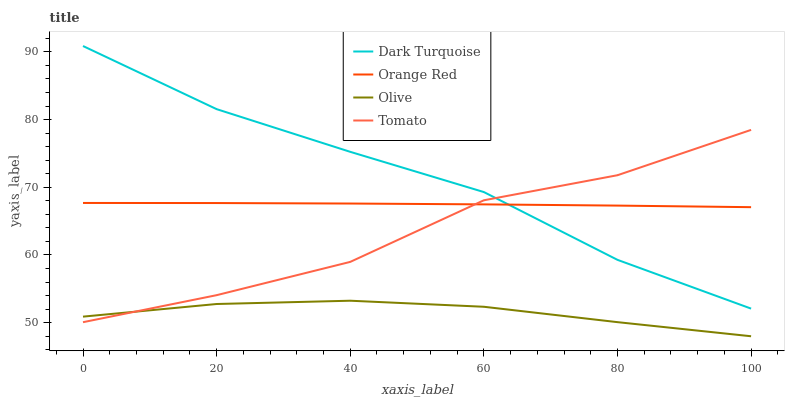
| xaxis_label | Dark Turquoise | Orange Red | Olive | Tomato |
 | --- | --- | --- | --- | --- |
 | 0 | 90.9 | 67.7 | 50.9 | 50.1 |
 | 20 | 81.5 | 67.7 | 52.8 | 54.1 |
 | 40 | 75.2 | 67.6 | 53.2 | 59 |
 | 60 | 69.3 | 67.5 | 52.4 | 68.1 |
 | 80 | 59.3 | 67.3 | 50.1 | 71.8 |
 | 100 | 52.1 | 67.1 | 48 | 78.5 |